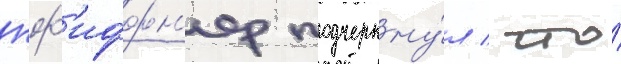
пф'иффн'ер подчеркну́л / что́